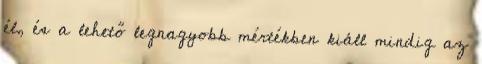
él, és a lehető legnagyobb mértékben kiáll mindig az